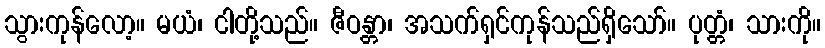
သွားကုန်လော့။ မယံ၊ ငါတို့သည်။ ဇီဝန္တာ၊ အသက်ရှင်ကုန်သည်ရှိသော်။ ပုတ္တံ၊ သားကို။